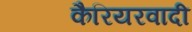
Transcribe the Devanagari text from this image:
कैरियरवादी